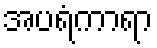
အပရံကာရာ